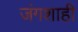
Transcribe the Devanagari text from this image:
जंगशाही